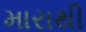
મારાથી